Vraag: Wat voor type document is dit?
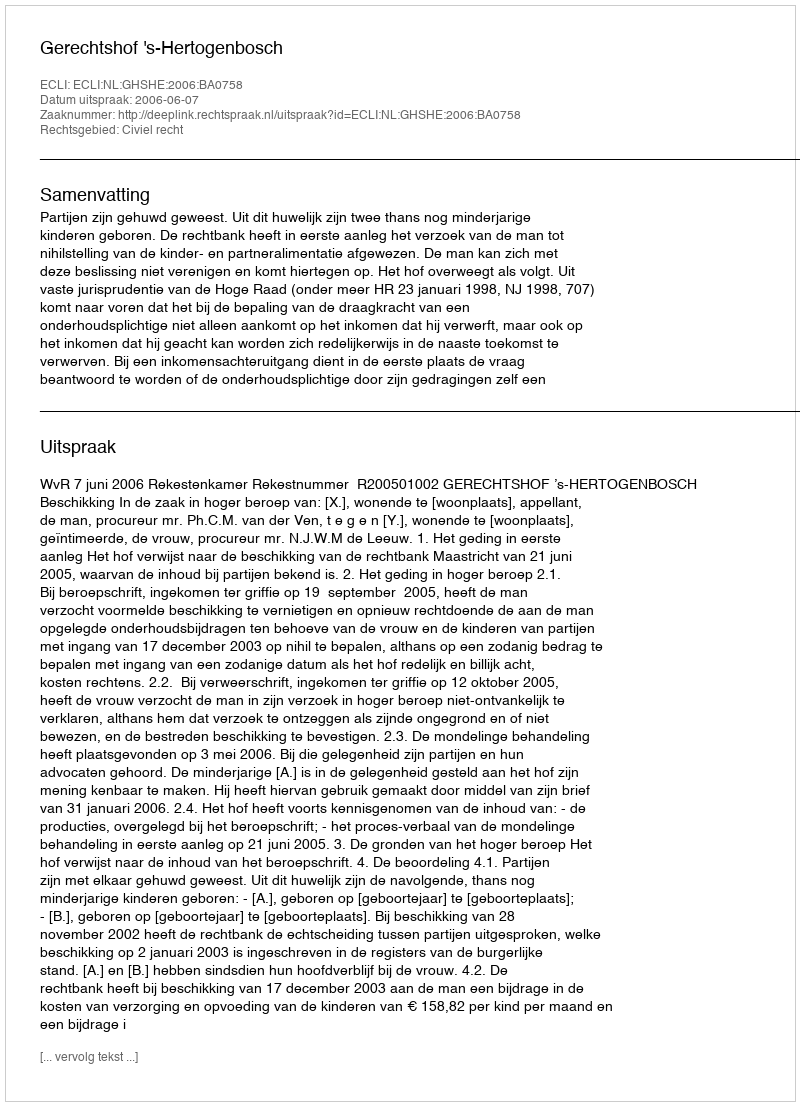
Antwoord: Uitspraak